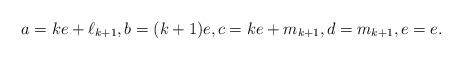
LaTeX: \begin{align*}a = ke + \ell_{k+1},b = (k+1)e,c = ke + m_{k+1},d = m_{k+1},e=e.\end{align*}